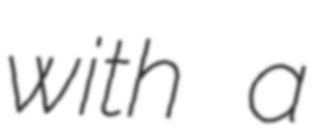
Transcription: with a